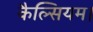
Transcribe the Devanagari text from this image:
कैल्सियम।